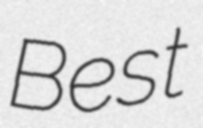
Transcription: Best